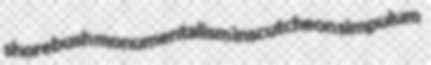
shorebush monumentalism inscutcheon simpulum